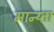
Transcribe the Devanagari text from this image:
मान्य्ता